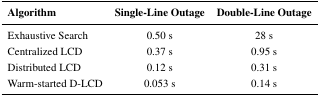
| Algorithm | Single-Line Outage | Double-Line Outage |
 | --- | --- | --- |
 | Exhaustive Search | 0.50 s | 28 s |
 | Centralized LCD | 0.37 s | 0.95 s |
 | Distributed LCD | 0.12 s | 0.31 s |
 | Warm-started D-LCD | 0.053 s | 0.14 s |